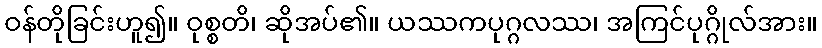
ဝန်တိုခြင်းဟူ၍။ ဝုစ္စတိ၊ ဆိုအပ်၏။ ယဿကပုဂ္ဂလဿ၊ အကြင်ပုဂ္ဂိုလ်အား။